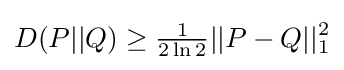
D(P||Q)\geq {\tfrac {1}{2\ln 2}}||P-Q||_{1}^{2}